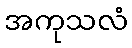
အကုသလံ